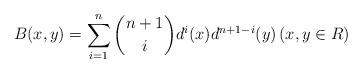
LaTeX: \begin{align*} B(x, y)= \sum_{i=1}^{n}\binom{n+1}{i}d^{i}(x)d^{n+1-i}(y) \left(x, y\in R\right)\end{align*}